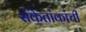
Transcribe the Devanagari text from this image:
संकेतांकांची